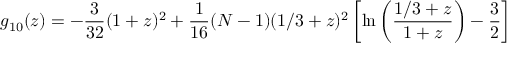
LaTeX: g _ { 1 0 } ( z ) = - \frac { 3 } { 3 2 } ( 1 + z ) ^ { 2 } + \frac { 1 } { 1 6 } ( N - 1 ) ( 1 / 3 + z ) ^ { 2 } \left[ \ln \left( \frac { 1 / 3 + z } { 1 + z } \right) - \frac { 3 } { 2 } \right]